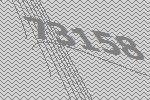
73158